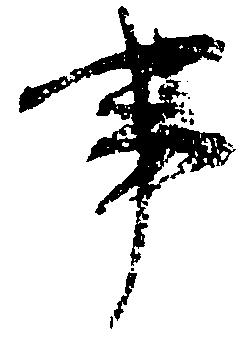
事